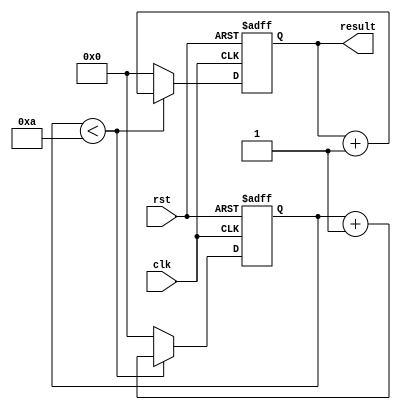
module loop_with_condition (
    input wire clk,
    input wire rst,
    output reg [7:0] result
);

reg [7:0] counter;
reg [7:0] temp_result;

always @(posedge clk or posedge rst) begin
    if (rst) begin
        counter <= 0;
        temp_result <= 0;
    end else begin
        if (counter < 10) begin
            temp_result <= temp_result + 1;
            counter <= counter + 1;
        end else begin
            counter <= 0;
            temp_result <= 0;
        end
    end
end

assign result = temp_result;

endmodule